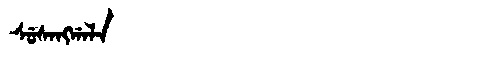
Manchu: ᠰᡠᠰᠠᠩᡤᠠᠯᠠ
Romanization: SUSANGGALA